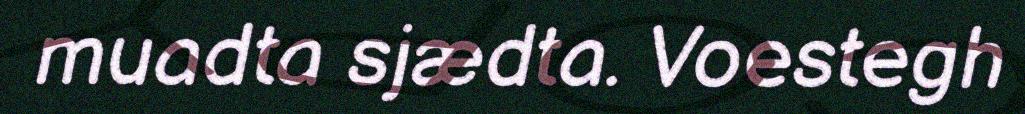
muadta sjædta. Voestegh